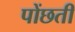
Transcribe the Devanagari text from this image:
पोंछती